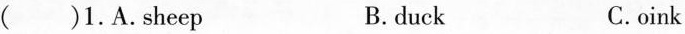
( )1.A.sheep B.duck C.oink